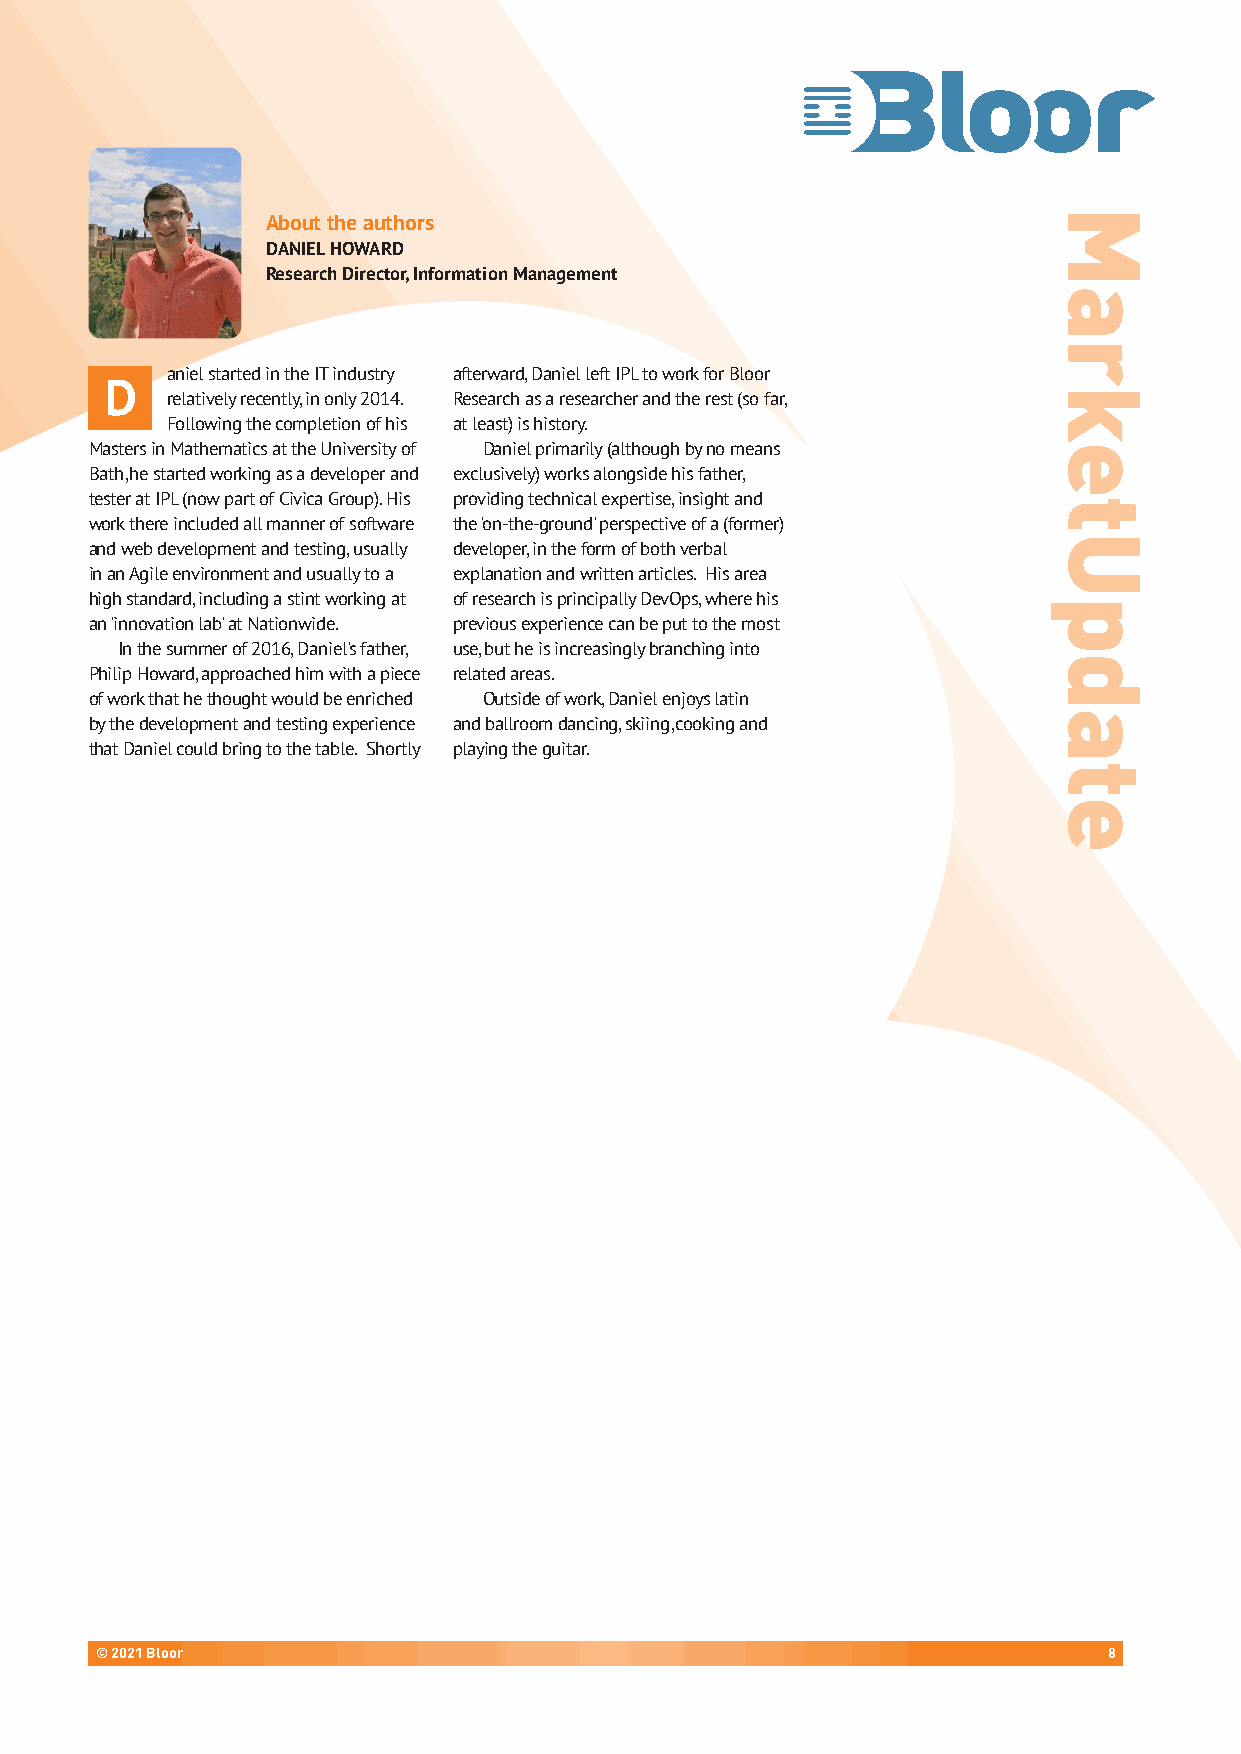
About the authors
 DANIEL HOWARD
 Research Director, Information Management
 aniel started in the IT industry afterward, Daniel left IPL to work for Bloor
 D
 relatively recently, in only 2014. Research as a researcher and the rest (so far,
 Following the completion of his at least) is history.
 Masters in Mathematics at the University of Daniel primarily (although by no means
 Bath, he started working as a developer and exclusively) works alongside his father,
 tester at IPL (now part of Civica Group). His providing technical expertise, insight and
 work there included all manner of software the 'on-the-ground' perspective of a (former)
 and web development and testing, usually developer, in the form of both verbal
 in an Agile environment and usually to a explanation and written articles. His area
 high standard, including a stint working at of research is principally DevOps, where his
 an 'innovation lab' at Nationwide. previous experience can be put to the most
 In the summer of 2016, Daniel's father, use, but he is increasingly branching into
 Philip Howard, approached him with a piece related areas.
 of work that he thought would be enriched Outside of work, Daniel enjoys latin
 by the development and testing experience and ballroom dancing, skiing, cooking and
 that Daniel could bring to the table. Shortly playing the guitar.
 © 2021 Bloor                                                       8
 MarketUpdate